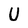
Character: U